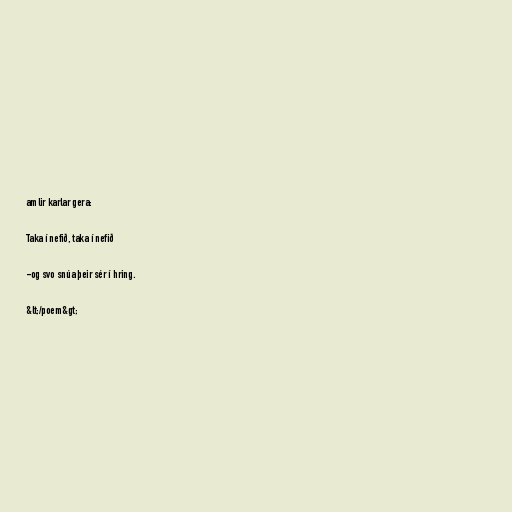
amlir karlar gera:

Taka í nefið, taka í nefið

-og svo snúa þeir sér í hring.

&lt;/poem&gt;